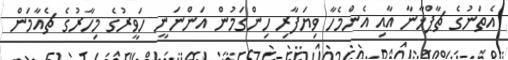
އެތަނުގެ ޗާޕްޚާނާ އާއި އެންމެހާ ވިޔަފާރި ހިންގަމުން އަންނަނީ ހަވީރުގެ މިހާރުގެ ޗެއާމަން